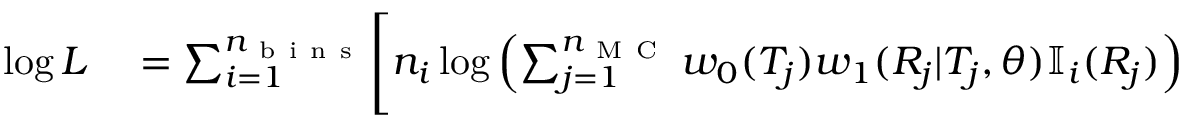
\begin{array} { r l } { \log L } & { { } = \sum _ { i = 1 } ^ { n _ { \mathrm { ~ b ~ i ~ n ~ s ~ } } } \Biggl [ n _ { i } \log \left( \sum _ { j = 1 } ^ { n _ { \mathrm { ~ M ~ C ~ } } } w _ { 0 } ( T _ { j } ) w _ { 1 } ( R _ { j } | T _ { j } , \theta ) \mathbb { I } _ { i } ( R _ { j } ) \right) } \end{array}